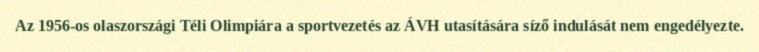
Az 1956-os olaszországi Téli Olimpiára a sportvezetés az ÁVH utasítására síző indulását nem engedélyezte.